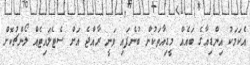
އެކަމަކު އިންޑިއާގެ ބައެއް މީޑިއާތަކުން ބުނެފައި ވަނީ ރާއްޖެ އަށް ސެޓެލައިޓެއް ލޯންޗުކޮށް